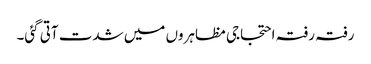
رفتہ رفتہ احتجاجی مظاہروں میں شدت آتی گئی۔